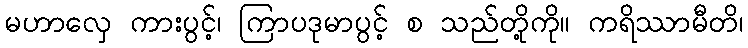
မဟာလှေ ကားပွင့်၊ ကြာပဒုမာပွင့် စ သည်တို့ကို။ ကရိဿာမီတိ၊